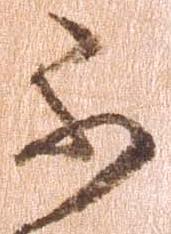
不